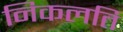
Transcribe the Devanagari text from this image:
निकलति